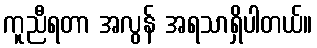
ကူညီရတာ အလွန် အရသာရှိပါတယ်။